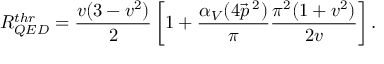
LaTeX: R _ { Q E D } ^ { t h r } = \frac { v ( 3 - v ^ { 2 } ) } { 2 } \left[ 1 + \frac { \alpha _ { V } ( 4 \vec { p } \, ^ { 2 } ) } { \pi } \frac { \pi ^ { 2 } ( 1 + v ^ { 2 } ) } { 2 v } \right] .